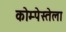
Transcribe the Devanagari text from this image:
कोम्पेस्तेला